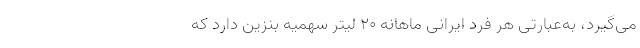
می‌گیرد، به‌عبارتی هر فرد ایرانی ماهانه 20 لیتر سهمیه بنزین دارد که